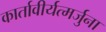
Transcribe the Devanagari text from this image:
कार्तावीर्यत्मर्जुना